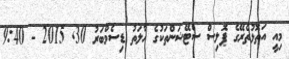
މިއީ އަތޮޅުތެރޭގެ ޕޮލިސް ސްޓޭޝަންތަކުގެ ޙާލަތު ޑިސެމްބަރު 30